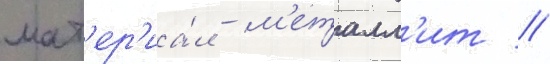
мат'ер'иа́л - м'еталл'ит //